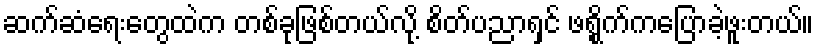
ဆက်ဆံရေးတွေထဲက တစ်ခုဖြစ်တယ်လို့ စိတ်ပညာရှင် ဖရွိုက်ကပြောခဲ့ဖူးတယ်။